Document type: Oath
Year: 1405
Scribe: Guillem de Lledó
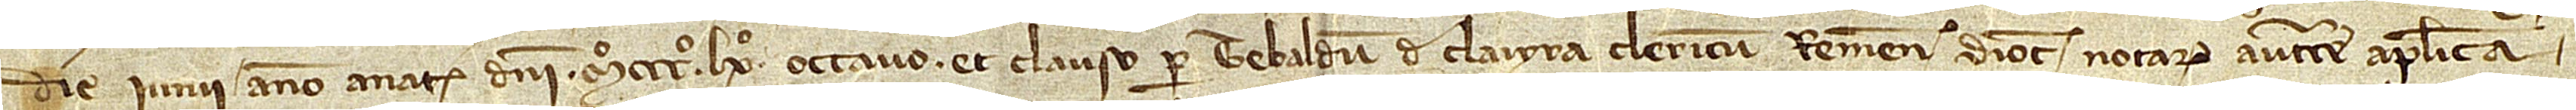
die iunii, anno a Nativitate Domini Mº CCCº LXº octavo, et clauso per Tebaldum de Claiyra, clericum Remensis diocesis, notarium auctoritate apostolica